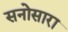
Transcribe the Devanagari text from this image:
सनोसारा